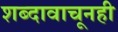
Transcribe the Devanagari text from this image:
शब्दावाचूनही